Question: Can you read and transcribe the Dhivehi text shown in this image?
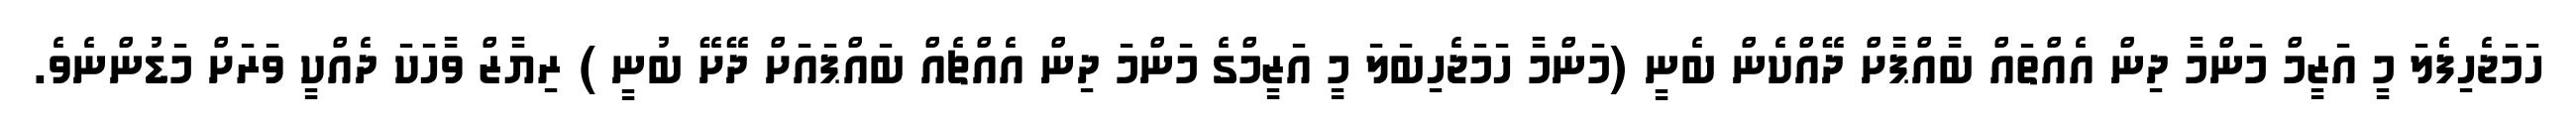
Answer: ހަމަޖެހިފެލަ މީ އަޒީމް މަންމާ ދިން އެއްތައް ބާއްޕާށް ދޭއްކެން ބެނީ (މަންމާ ހަމަޖެހިބަލަ މީ އަޒީމްގެ މަންމަ ދިން އެއްޗެއް ބައްޕައަށް ދޭށޭ ބުނީ ) ރިޔާޒް ވާހަކަ ދެއްކީ ވަރަށް މަޑުންނެވެ.